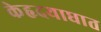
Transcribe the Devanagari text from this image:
केहृदयाघात